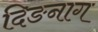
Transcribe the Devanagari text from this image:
दिङनाग